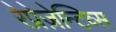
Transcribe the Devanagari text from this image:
रेप्रेज़ेन्टिव्स